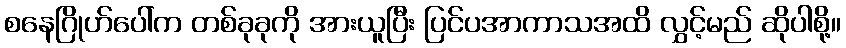
စနေဂြိုဟ်ပေါ်က တစ်ခုခုကို အားယူပြီး ပြင်ပအာကာသအထိ လွှင့်မည် ဆိုပါစို့။